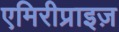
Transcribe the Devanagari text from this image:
एमिरीप्राइज़